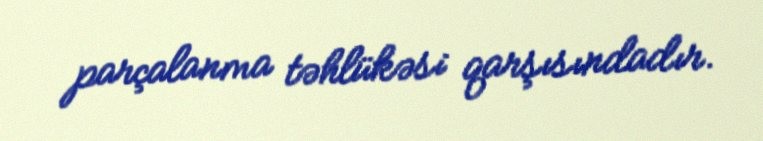
parçalanma təhlükəsi qarşısındadır.